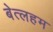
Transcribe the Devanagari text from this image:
बेत्लहम